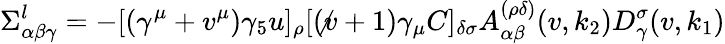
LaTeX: \Sigma_{\alpha\beta\gamma}^{l}=-[(\gamma^{\mu}+v^{\mu})\gamma_{5}u]_{\rho}[(\not v+1)\gamma_{\mu}C]_{\delta\sigma}A_{\alpha\beta}^{(\rho\delta)}(v,k_{2})D_{\gamma}^{\sigma}(v,k_{1})